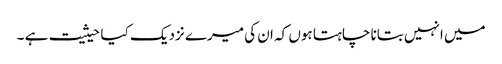
میں انہیں بتانا چاہتا ہوں کہ ان کی میرے نزدیک کیا حیثیت ہے ۔